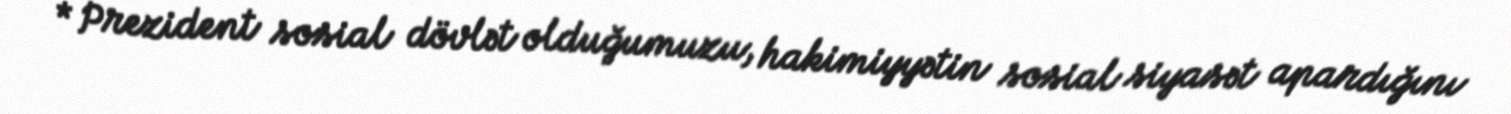
* Prezident sosial dövlət olduğumuzu, hakimiyyətin sosial siyasət apardığını